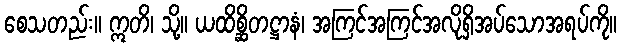
စေသတည်း။ ဣတိ၊ သို့။ ယထိစ္ဆိတဋ္ဌာနံ၊ အကြင်အကြင်အလိုရှိအပ်သောအရပ်ကို။